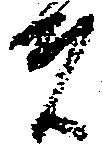
者